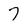
Character: 7